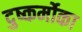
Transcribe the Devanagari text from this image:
दुष्कर्मोका